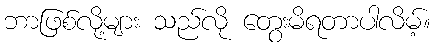
ဘာဖြစ်လို့များ သည်လို တွေးမိရတာပါလိမ့်။